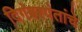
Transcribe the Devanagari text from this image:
दिगंबरपंतांचे